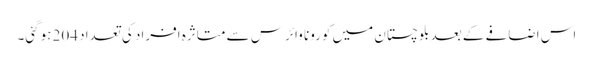
اس اضافے کے بعد بلوچستان میں کورونا وائرس سے متاثرہ افراد کی تعداد 204 ہوگئی۔